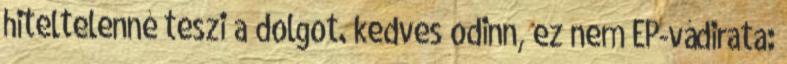
hiteltelenné teszi a dolgot. kedves odinn, ez nem EP-vádirata: